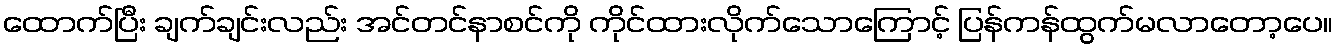
ထောက်ပြီး ချက်ချင်းလည်း အင်တင်နာစင်ကို ကိုင်ထားလိုက်သောကြောင့် ပြန်ကန်ထွက်မလာတော့ပေ။